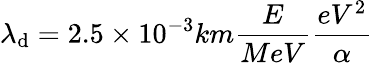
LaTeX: \lambda_{\mathrm{d}}=2.5\times10^{-3}km\frac{{E}}{{MeV}}\frac{{eV^{2}}}{{\alpha}}